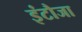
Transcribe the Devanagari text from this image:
इंटौजा